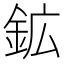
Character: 鉱